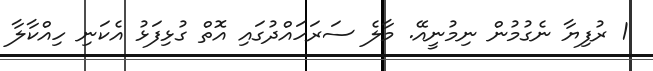
1 ރުފިޔާ ނެގުމުން ނިމުނީއޭ. މާލެ ސަރަހައްދުގައި އޮތް ގުޅިފަޅު އެކަނި ހިއްކާލާ